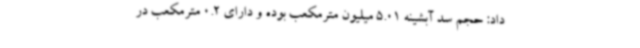
داد: حجم سد آبشینه 5.01 میلیون مترمکعب بوده و دارای 0.2 مترمکعب در